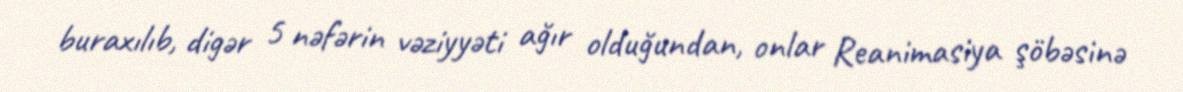
buraxılıb, digər 5 nəfərin vəziyyəti ağır olduğundan, onlar Reanimasiya şöbəsinə